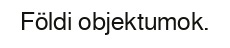
Földi objektumok.